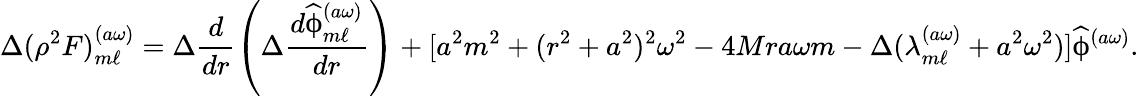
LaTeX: \Delta(\rho^{2}F)_{m\ell}^{(a\omega)}=\Delta\frac{d}{dr}\left(\Delta\frac{d\widehat{\upphi}_{m\ell}^{(a\omega)}}{dr}\right)+[a^{2}m^{2}+(r^{2}+a^{2})^{2}\omega^{2}-4Mra\omega m-\Delta(\lambda_{m\ell}^{(a\omega)}+a^{2}\omega^{2})]\widehat{\upphi}^{(a\omega)}.